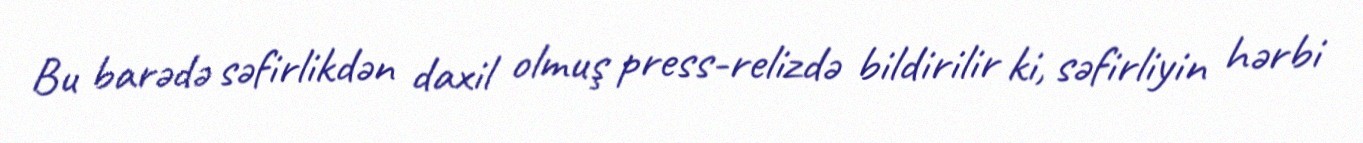
Bu barədə səfirlikdən daxil olmuş press-relizdə bildirilir ki, səfirliyin hərbi